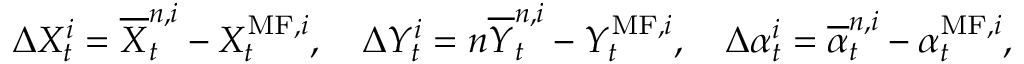
\begin{array} { r } { \Delta X _ { t } ^ { i } = \overline { { X } } _ { t } ^ { n , i } - X _ { t } ^ { \mathrm { M F } , i } , \quad \Delta Y _ { t } ^ { i } = n \overline { { Y } } _ { t } ^ { n , i } - Y _ { t } ^ { \mathrm { M F } , i } , \quad \Delta \alpha _ { t } ^ { i } = \overline { { \alpha } } _ { t } ^ { n , i } - \alpha _ { t } ^ { \mathrm { M F } , i } , } \end{array}